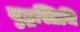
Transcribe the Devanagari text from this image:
युद्धस्तिथि